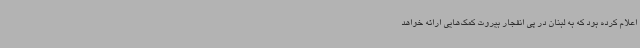
اعلام کرده بود که به لبنان در پی انفجار بیروت کمک‌هایی ارائه خواهد